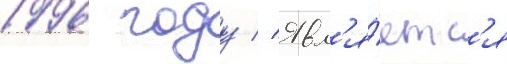
1996 году // Явл'я́етс'я